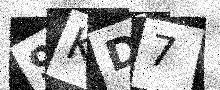
Text: 9KD7